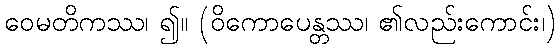
ဝေမတိကဿ၊ ၍။ (ဝိကောပေန္တဿ၊ ၏လည်းကောင်း၊)